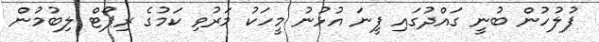
ފުލުހުން ބުނީ ގައްދުގައި ފީނަ އުޅުނު މީހަކު މަރުވި ކަމުގެ ރިޕޯޓް ލިބުމުން